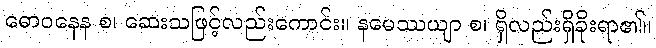
ဓောဝနေန စ၊ ဆေးသဖြင့်လည်းကောင်း။ နမေဿယျာ စ၊ ရှိလည်းရှိခိုးရာ၏။